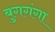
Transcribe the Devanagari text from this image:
बुगगंगा